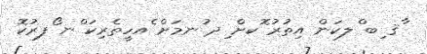
ާޤ ިބ ްލކަން އިތުރު ޮކށް ިދ ުނމަށް ެއހީތެރިކަ ްނ ޯފރުކޮ